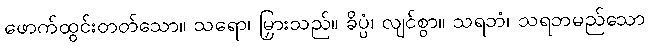
ဖောက်ထွင်းတတ်သော။ သရော၊ မြှားသည်။ ခိပ္ပံ၊ လျင်စွာ။ သရဘံ၊ သရဘမည်သော